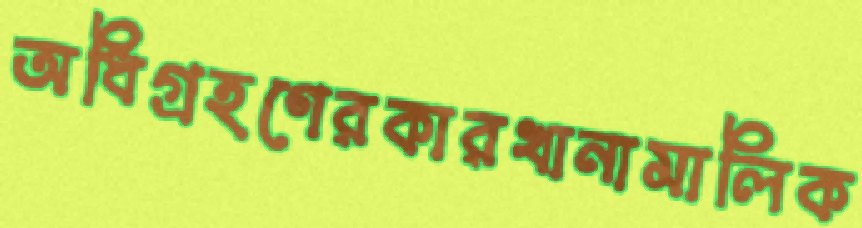
অধিগ্রহণেরকারখানামালিক